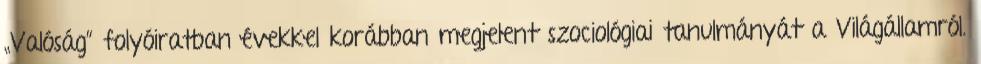
„Valóság” folyói­ratban évekkel koráb­ban megjelent szociológiai tanulmányát a Világállamról.